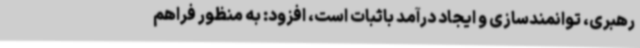
رهبری، توانمندسازی و ایجاد درآمد باثبات است، افزود: به ‌منظور فراهم